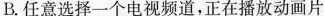
B.任意选择一个电视频道，正在播放动画片